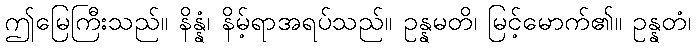
ဤမြေကြီးသည်။ နိန္နံ၊ နိမ့်ရာအရပ်သည်။ ဥန္နမတိ၊ မြင့်မောက်၏။ ဥန္နတံ၊